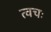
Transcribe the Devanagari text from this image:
त्वचः